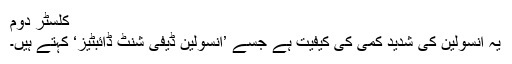
کلسٹر دوم
یہ انسولین کی شدید کمی کی کیفیت ہے جسے ’انسولین ڈیفی شنٹ ڈائبٹیز‘ کہتے ہیں۔